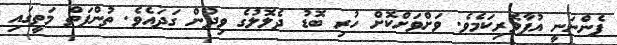
ފެންނަނީ އުފާވެރިކަމެވެ. ވަށްވަށްކޮށް ހުރި ބޮޑު ދެލޮލުގެ ވިދުން ގަދައެވެ. ތުންފަތް މަތީގައި